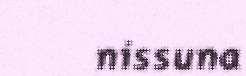
nissuna